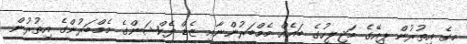
މީގެ އިތުރުން ޕީއޭގެ މަޖިލީހުގެ ބައެއް މެމްބަރުންނާއި ޒެޑް ފެކްޝަންގެ މެމްބަރުންގެ އިތުރުން